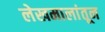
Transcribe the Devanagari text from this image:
लेखमालांतून